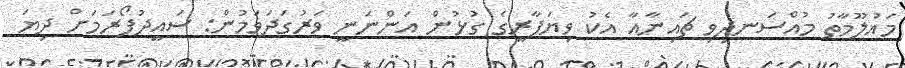
މައުލޫމާތު މުއްސަނދިވި ޗައިނާއާ އެކު ވިޔަފާރީގެ ގުޅުން އަންނަނީ ވަރުގަދަވަމުން: ސައީދުފޯރަމަށް ދިޔަ